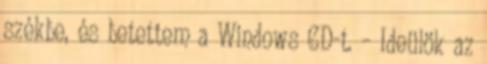
székbe, és betettem a Windows CD-t. – Ideülök az